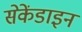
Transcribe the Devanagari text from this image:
सेकेंडाइन